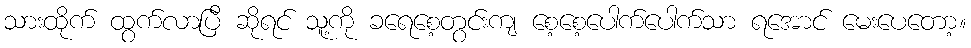
သားထိုက် ထွက်လာပြီ ဆိုရင် သူ့ကို ခရေစေ့တွင်းကျ စေ့စေ့ပေါက်ပေါက်သာ ရအောင် မေးပေတော့။